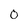
Character: O